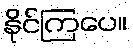
နိုင်ကြပေ။